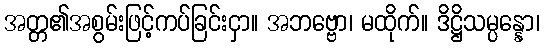
အတ္တ၏အစွမ်းဖြင့်ကပ်ခြင်းငှာ။ အဘဗ္ဗော၊ မထိုက်။ ဒိဋ္ဌိသမ္ပန္နော၊